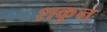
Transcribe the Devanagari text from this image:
शकुुन